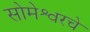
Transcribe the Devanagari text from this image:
सोमेश्वरचे